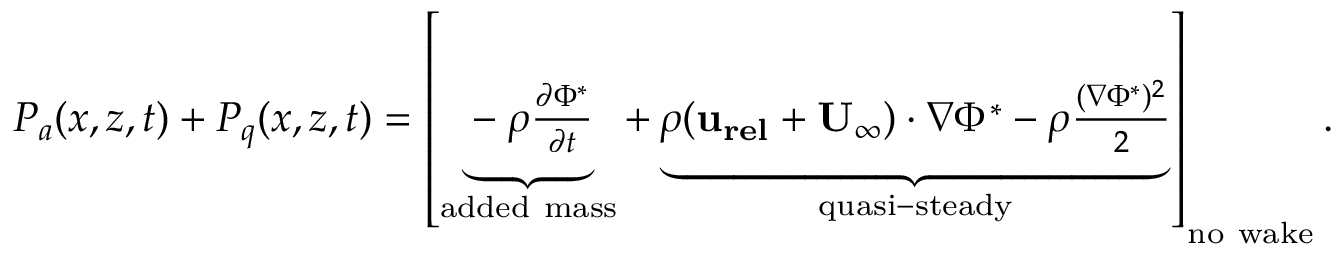
\begin{array} { r } { P _ { a } ( x , z , t ) + P _ { q } ( x , z , t ) = \left[ \underbrace { - \rho \frac { \partial \Phi ^ { * } } { \partial t } } _ { \mathrm { a d d e d ~ m a s s } } + \underbrace { \rho ( \mathbf { u _ { r e l } } + \mathbf { U _ { \infty } } ) \cdot \nabla \Phi ^ { * } - \rho \frac { ( \nabla \Phi ^ { * } ) ^ { 2 } } { 2 } } _ { \mathrm { q u a s i - s t e a d y } } \right] _ { \mathrm { n o ~ w a k e } } . } \end{array}